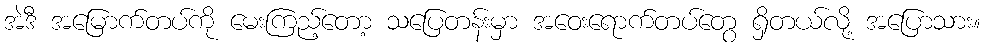
အဲဒီ အမြောက်တပ်ကို မေးကြည့်တော့ သပြေတန်းမှာ အဝေးရောက်တပ်တွေ ရှိတယ်လို့ အပြောသား။